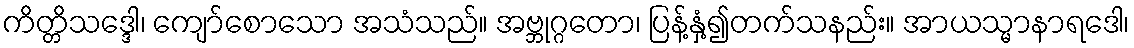
ကိတ္တိသဒ္ဒေါ၊ ကျော်စောသော အသံသည်။ အဗ္ဘုဂ္ဂတော၊ ပြန့်နှံ့၍တက်သနည်း။ အာယသ္မာနာရဒေါ၊